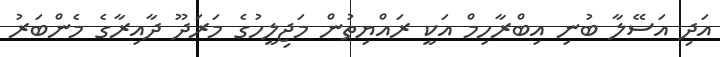
އަދި އަސޭލާ ބުނި އިބްރާހިމް އަކީ ރައްޔިތުން މަޖިލީހުގެ މަރަދޫ ދާއިރާގެ މެންބަރު